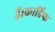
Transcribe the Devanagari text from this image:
हैं।कार्डिफ